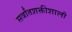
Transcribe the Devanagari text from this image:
सर्वांतशक्तीशाली